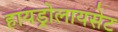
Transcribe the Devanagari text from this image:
हायड्रोलायसेट